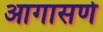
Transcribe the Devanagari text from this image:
आगासणे